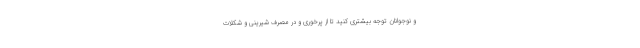
و نوجوانان توجه بیشتری کنید تا از پرخوری و در مصرف شیرینی و شکلات